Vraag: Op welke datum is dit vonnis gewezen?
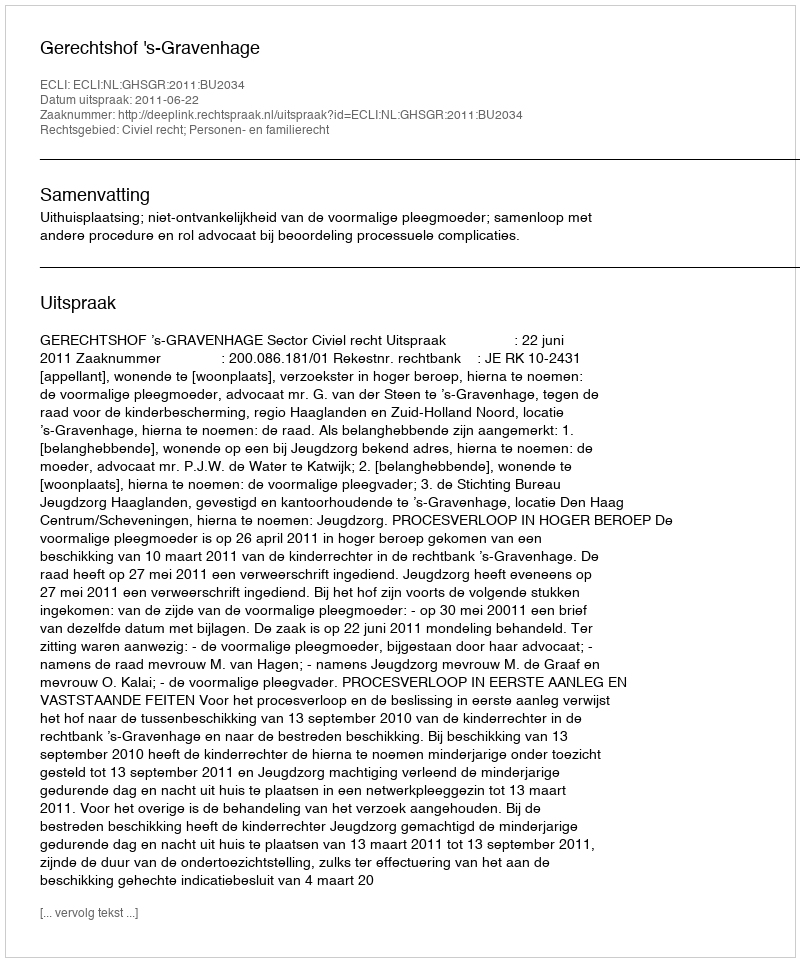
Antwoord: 2011-06-22